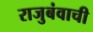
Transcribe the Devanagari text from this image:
राजुबंवाची